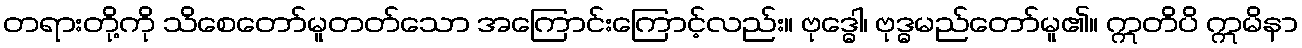
တရားတို့ကို သိစေတော်မူတတ်သော အကြောင်းကြောင့်လည်း။ ဗုဒ္ဓေါ၊ ဗုဒ္ဓမည်တော်မူ၏။ ဣတိပိ ဣမိနာ